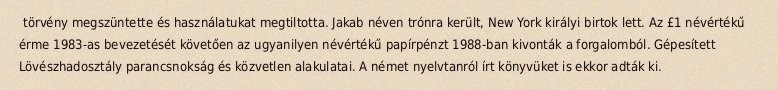
törvény megszüntette és használatukat megtiltotta. Jakab néven trónra került, New York királyi birtok lett. Az £1 névértékű érme 1983-as bevezetését követően az ugyanilyen névértékű papírpénzt 1988-ban kivonták a forgalomból. Gépesített Lövészhadosztály parancsnokság és közvetlen alakulatai. A német nyelvtanról írt könyvüket is ekkor adták ki.